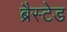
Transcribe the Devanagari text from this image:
ब्रैस्टेड